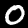
Label: 0